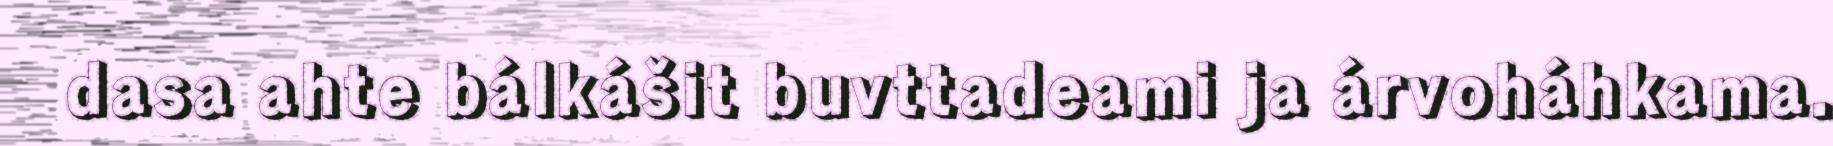
dasa ahte bálkášit buvttadeami ja árvoháhkama.